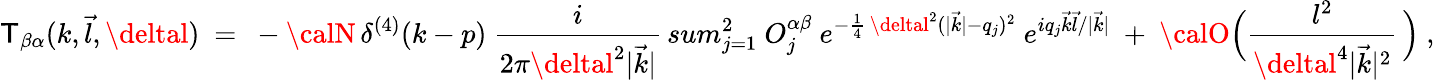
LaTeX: {\cal\mathsf{T}}_{\beta\alpha}(k,\vec{{l}},\deltal)\ =\ -{\calN}\, \delta^{(4)}(k-p)\ \frac{{i}}{{2\pi\deltal^{2}|\vec{{k}}|}}\, sum_{j=1}^{2}\ O_{j}^{\alpha\beta}\ e^{-\frac{{1}}{{4}}\, \deltal^{2}(|\vec{{k}}|-q_{j})^{2}}\ e^{iq_{j}\vec{{k}}\vec{{l}}/|\vec{{k}}|}\ +\ {\calO}\Big(\frac{{l^{2}}}{{\deltal^{4}|\vec{{k}}|^{2}}}\, \Big)\ ,